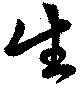
生